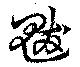
魃